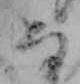
な